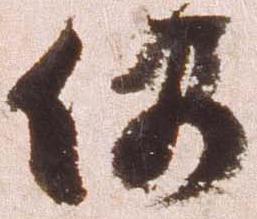
仍